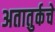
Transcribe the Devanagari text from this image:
अतातुर्कचे